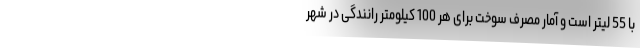
با 55 لیتر است و آمار مصرف سوخت برای هر 100 کیلومتر رانندگی در شهر